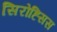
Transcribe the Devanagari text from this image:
सिरोह्सिस